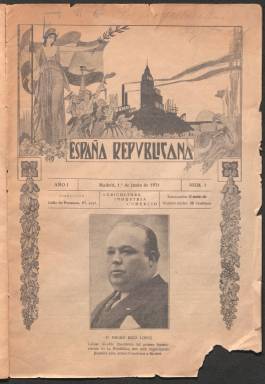
Título: España repvblicana (Madrid)
Otros títulos: España republicana
Colección: Revistas de información general
Ámbito geográfico: Madrid
Lugar de publicación: Madrid
Fechas: 01/06/1931-16/07/1936